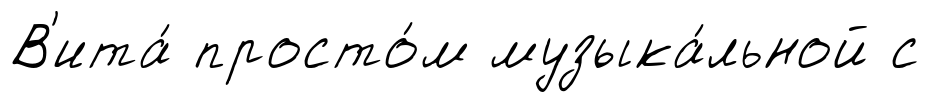
В'ита́ просто́м музыка́льной с